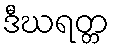
ဒီဃရတ္တ